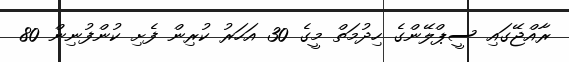
ރާއްޖޭގައި ސީޕްލޭންގެ ހިދުމަތް މީގެ 30 އަހަރު ކުރިން ފެށި ކުންފުނިން 80